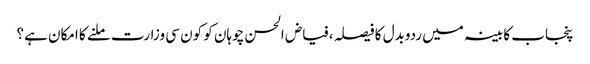
﻿ پنجاب کابینہ میں ردوبدل کا فیصلہ ،فیاض الحسن چوہان کو کون سی وزارت ملنے کا امکان ہے؟